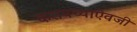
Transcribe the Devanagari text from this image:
करायच्याऐवजी